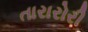
તારારોરી